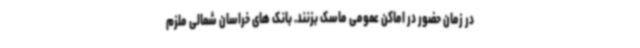
در زمان حضور در اماکن عمومی ماسک بزنند. بانک های خراسان شمالی ملزم